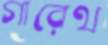
গারেথ